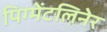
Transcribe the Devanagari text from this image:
पिग्मेंटलिनेर